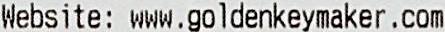
WEBSITE: WWW.GOLDENKEYMAKER.COM